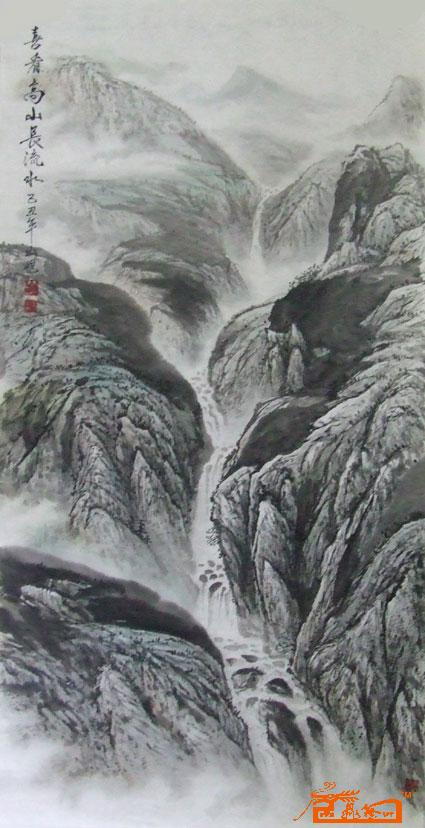
请君看取东流水，方识人间别意长。